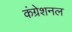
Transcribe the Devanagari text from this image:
कंग्रेशनल